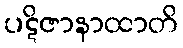
ပဋိဇာနာထာတိ